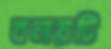
বলয়টি